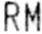
RM